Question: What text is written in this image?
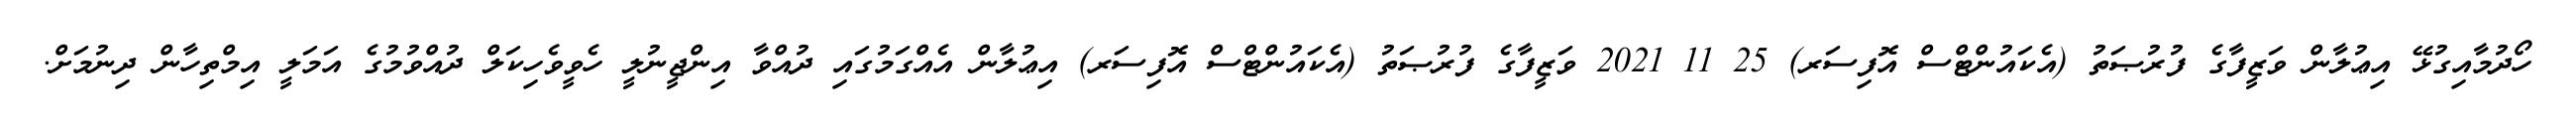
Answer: ހޯދުމާއިގުޅޭ އިޢުލާން ވަޒީފާގެ ފުރުޞަތު (އެކައުންޓްސް އޮފިސަރ) 25 11 2021 ވަޒީފާގެ ފުރުޞަތު (އެކައުންޓްސް އޮފިސަރ) އިޢުލާން އެއްގަމުގައި ދުއްވާ އިންޖީނުލީ ހެވީވެހިކަލް ދުއްވުމުގެ އަމަލީ އިމްތިހާން ދިނުމަށް.